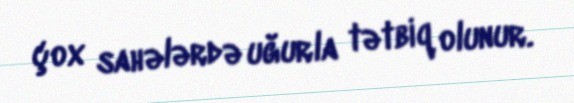
çox sahələrdə uğurla tətbiq olunur.